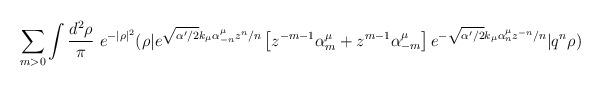
LaTeX: \begin{align*}\sum_{m>0}\int \frac{d^2\rho}{\pi}\ e^{-|\rho|^2} (\rho|e^{\sqrt{\alpha'/2}k_\mu \alpha_{-n}^\mu z^n/n}\left[z^{-m-1}\alpha_m^\mu+z^{m-1}\alpha_{-m}^\mu\right]e^{-\sqrt{\alpha'/2}k_\mu \alpha_{n}^\mu z^{-n}/n}|q^n\rho)\end{align*}